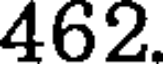
462.